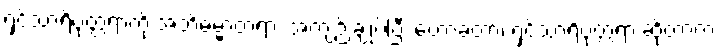
ရှင်သာရိပုတ္တရာကို အဘိဓမ္မာတရား အကျဉ်းချုပ်ပြီး ဟောခဲ့တာ၊ ရှင်သာရိပုတ္တရာ ဆိုတာက